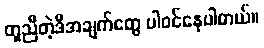
တူညီတဲ့ဒီအချက်တွေ ပါဝင်နေပါတယ်။